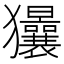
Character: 𱮱